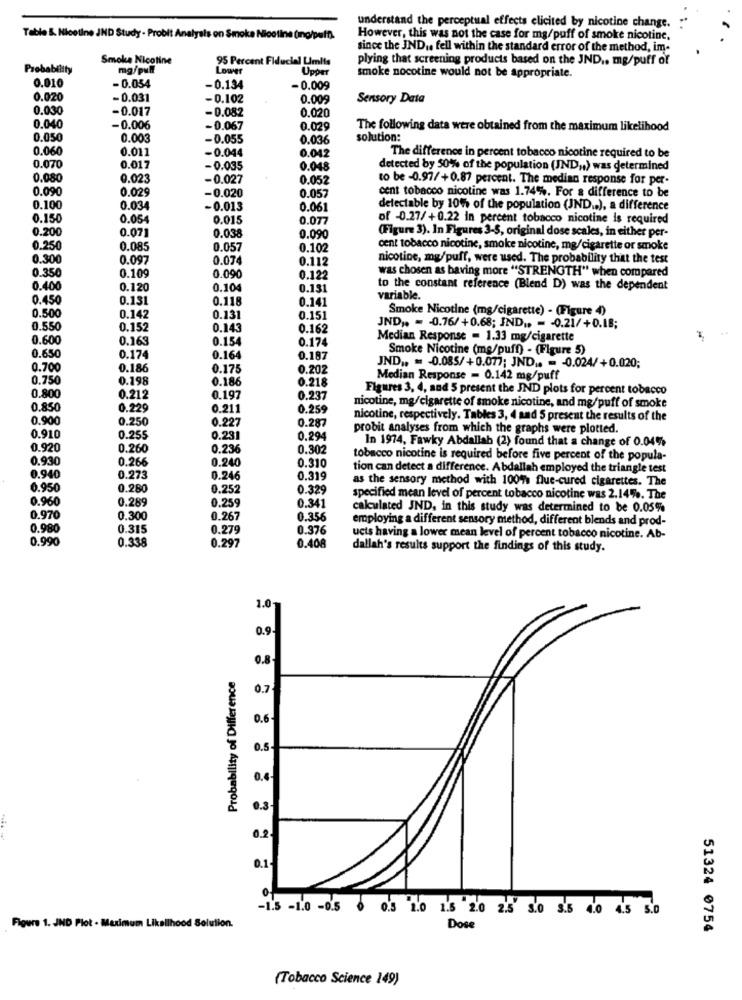
understand the perceptual effects elicited by nicotine change.
Table &. Nicotine JND Study - Probit Analysis on Smoke Nicotine (mno/puff).
However, this was not the case for mg/puff of smoke nicotine.
since the JND .. fell within the standard error of the method, im-
Smoke Nicotine
95 Percent Fiducial Umlis
plying that screening products based on the JND .. mg/puff of
Probability
mg/pull
Upper
0.010
smoke nocotine would not be appropriate.
- 0.054
-0.134
-0.009
0.020
-0.031
-0.102
0.009
Sensory Data
0.030
-0.017
- 0.082
0.020
0.040
-0.006
-0.067
0.029
The following data were obtained from the maximum likelihood
0.050
0.003
-0.055
0.036
solution:
0.060
0.011
0.042
-0.044
The difference in percent tobacco nicotine required to be
0.070
0.017
-0.035
0.048
detected by 50% of the population (JND ,. ) was determined
0.080
0.023
-0.027
0.052
to be -0.97/+0.87 percent. The median response for per-
0.090
0.029
-0.020
0.057
cent tobacco nicotine was 1.74%. For a difference to be
0,100
0.034
-0.013
0.061
detectable by 10% of the population (JND .. ), a difference
0.15
0.05
0.015
0.077
of -0.27/+0.22 in percent tobacco nicotine is required
0.200
0.07
0.038
0.090
(Figure 3). In Figures 3-5, original dose scales, in either per-
0.250
0.085
0.057
0.102
cent tobacco nicotine, smoke nicotine, mg/cigarette or smoke
0.300
0.097
0.074
0.112
nicotine, mg/puff, were used. The probability that the test
0.350
0.109
was chosen as baving more "STRENGTH" when compared
0.090
0.122
0.400
0.120
0.104
0.131
to the constant reference (Blend D) was the dependent
0.450
0.131
0.118
0.141
variable.
Smoke Nicotine (mg/cigarette) - (Figure 4)
0.500
0.142
0.131
0.151
0.550
0.152
0.143
0.162
JND ;, = - 0.76/+0.68; IND .. - - 0.21/+0.18;
0.600
0.163
0.154
0.174
Median Response = 1.33 mg/cigarette
Smoke Nicotine (mg/puff) - (Figure 5)
0.650
0.17
0.164
0.187
0.700
0.186
0.175
0.202
JND .. = - 0.085/+0.077; JND .. = - 0.024/+0.020;
0.750
0.198
0.186
0.218
Median Response = 0.142 mg/puff
Figures 3, 4, and 5 present the IND plots for percent tobacco
0.800
0.212
0.197
0.237
0.850
0.229
0.211
0.259
nicotine, mg/cigarette of smoke nicotine, and mg/puff of smoke
0.900
0.250
0.227
0.287
nicotine, respectively. Tables 3, 4 and 5 present the results of the
probit analyses from which the graphs were plotted.
0.910
0.255
0.231
0.294
In 1974, Fawky Abdallah (2) found that a change of 0.04%
0.920
0.260
0.236
0.302
0.930
0.266
0.240
0.310
tobacco nicotine is required before five percent of the popula-
tion can detect a difference. Abdallah employed the triangle test
0.940
0.273
0.246
0.319
as the sensory method with 10071 flue-cured cigarettes. The
0.950
0.280
0.252
0.329
0.960
0.289
0.259
specified mean level of percent tobacco nicotine was 2.14%. The
0.341
calculated JND, in this study was determined to be 0.05%
0.970
0.300
0.267
0.356
employing a different sensory method, different blends and prod-
0.980
0.315
0.279
0.376
0.990
0.338
0.297
ucts having a lower mean level of percent tobacco nicotine. Ab-
0.408
dallah's results support the findings of this study.
1.0
0.9.
0.8
Probability of Difference
0.7
0.6
0.3
-1.5 -1.0 -0.5 0 0.3 1.0 1.5 2.0 2.5 5.0 5.5 4.0 4.5 5.0
Figure 1. JND Plot - Maximum Likelihood Solution.
Dose
51324 0754
(Tobacco Science 149)